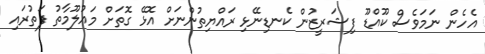
އެހެން ނަމަވެސް ކޫއްޑޫ ފިޝަރީޒުން ކެނޑިނޭޅި ރައްޔިތުންނަށް އޮޅޭ ގޮތަށް މައުލޫމާތު ފަތުރައި